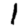
Digit: 1